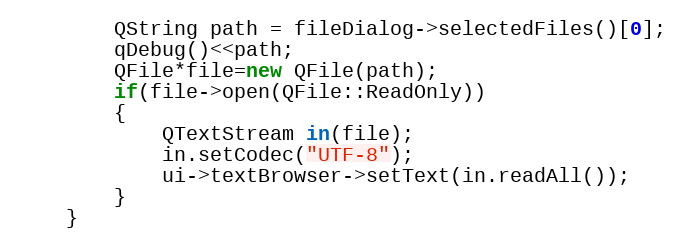
Language: C++
        QString path = fileDialog->selectedFiles()[0];
        qDebug()<<path;
        QFile*file=new QFile(path);
        if(file->open(QFile::ReadOnly))
        {
            QTextStream in(file);
            in.setCodec("UTF-8");
            ui->textBrowser->setText(in.readAll());
        }
    }